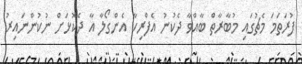
ފުރަތަމަ މެޗުގައި މުބާރާތް ބާއްވާ ދެކުނު އެފްރިކާ އެންގޯލާ އާ ދެކޮޅަށް ނުކުންނައިރު